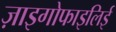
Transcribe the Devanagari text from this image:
ज़ाइगोफाइलिई